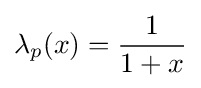
\lambda _{p}(x)={\frac {1}{1+x}}